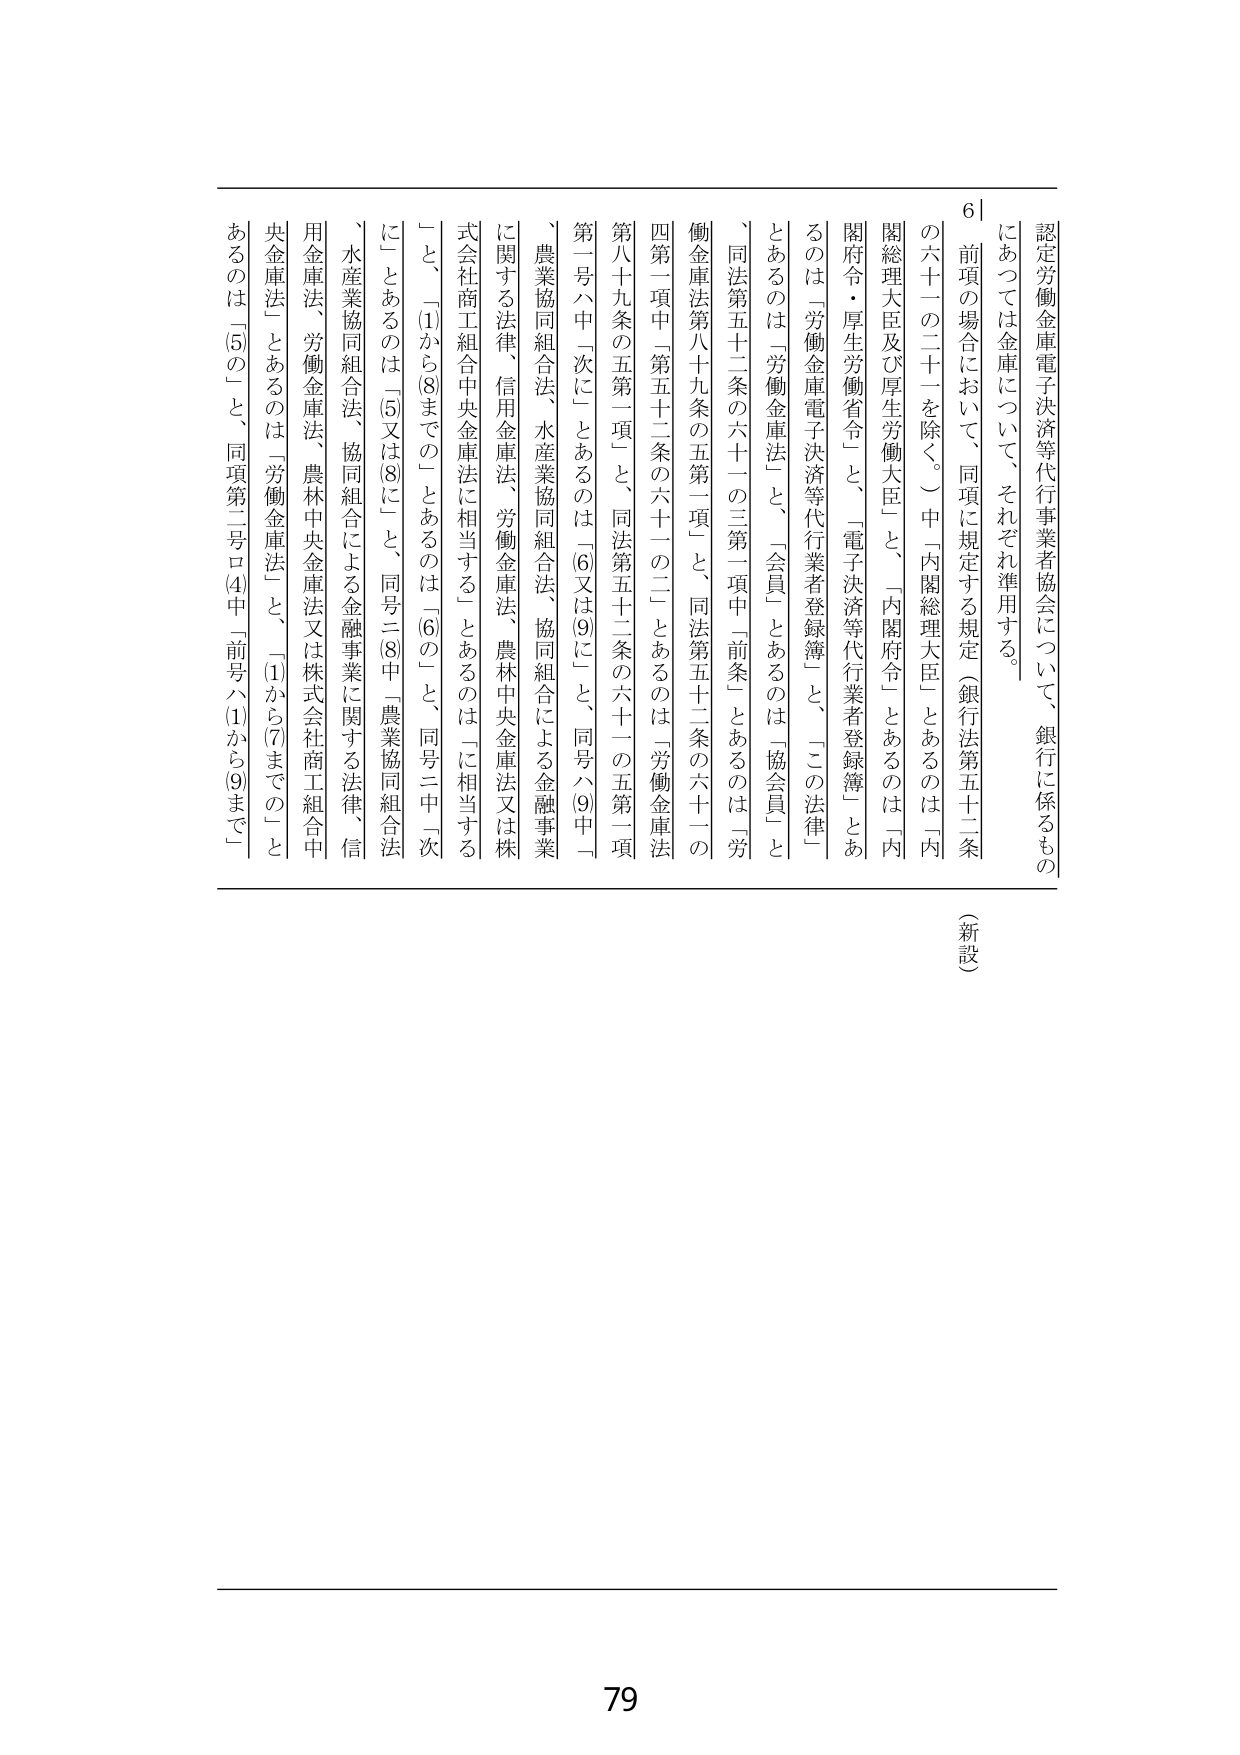
認定労働金庫電子決済等代行業者協会について、銀行に係るもの
にあつては金庫について、それぞれ準用する。
６　前項の場合において、同項に規定する規定（銀行法第五十二条
の六十一の二十一を除く。）中「内閣総理大臣」とあるのは「内
閣総理大臣及び厚生労働大臣」と、「内閣府令」とあるのは「内
閣府令・厚生労働省令」と、「電子決済等代行業者登録簿」とあ
るのは「労働金庫電子決済等代行業者登録簿」と、「この法律」
とあるのは「労働金庫法」と、「会員」とあるのは「協会員」と
、同法第五十二条の六十一の三第一項中「前条」とあるのは「労
働金庫法第八十九条の五第一項」と、同法第五十二条の六十一の
四第一項中「第五十二条の六十一の二」とあるのは「労働金庫法
第八十九条の五第一項」と、同法第五十二条の六十一の五第一項
第一号ハ中「次に」とあるのは「(6)又は(9)に」と、同号ハ(9)中「
、農業協同組合法、水産業協同組合法、協同組合による金融事業
に関する法律、信用金庫法、労働金庫法、農林中央金庫法又は株
式会社商工組合中央金庫法に相当する」とあるのは「に相当する
」と、「(1)から(8)までの」とあるのは「(6)の」と、同号二中「次
に」とあるのは「(5)又は(8)に」と、同号二(8)中「農業協同組合法
、水産業協同組合法、協同組合による金融事業に関する法律、信
用金庫法、労働金庫法、農林中央金庫法又は株式会社商工組合中
央金庫法」とあるのは「労働金庫法」と、「(1)から(7)までの」と
あるのは「(5)の」と、同項第二号ロ(4)中「前号ハ(1)から(9)まで」
（新設）
79